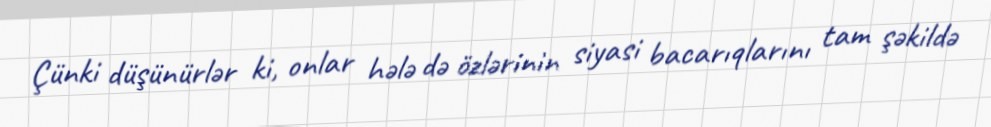
Çünki düşünürlər ki, onlar hələ də özlərinin siyasi bacarıqlarını tam şəkildə